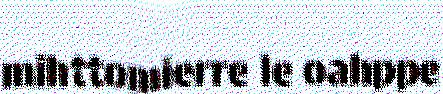
mihttomierre le oahppe